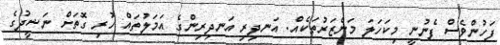
ފަހުންވެސް ފެނުނީ މިކަހަލަ މަންޒަރުތަކެއް. އަނދިރި އަނދިރިންގެ އަމަލުތައް ހުރި ގޮތަށް ނަޝީދުގެ